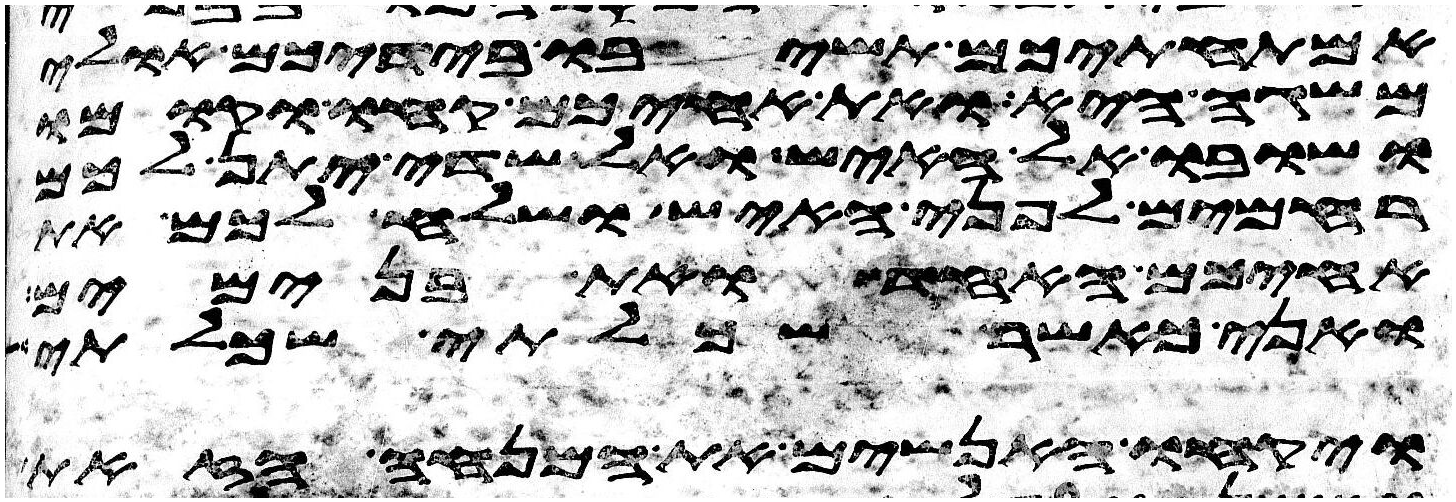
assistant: אמתחתיכם תשיבו בידיכם אולי
משגה היא ואת אחיכם קחו וקומו
ושובו אל האיש ואל שדי יתן לכם
רחמים לפני האיש ושלח לכם את
אחיכם האחד ואת בנימים
ואני כאשר שכלתי שכלתי
ויקחו האנשים את המנחה הזאת